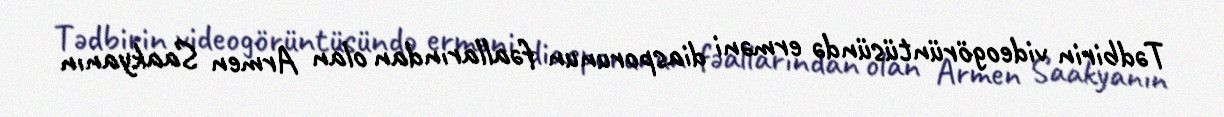
Tədbirin videogörüntüsündə erməni diasporunun fəallarından olan Armen Saakyanın